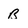
Character: B